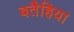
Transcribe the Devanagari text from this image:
बतैहिया